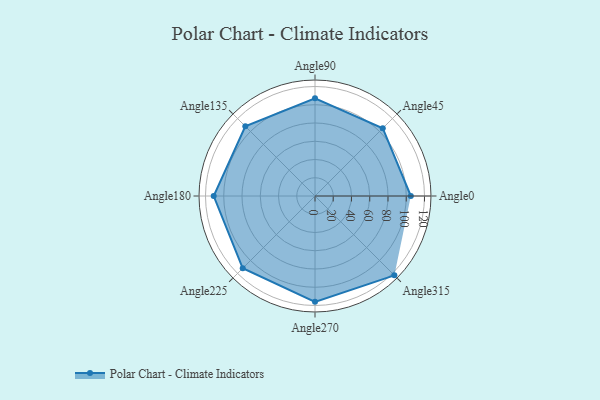
{"axis": {"x": "Angle", "y": "Radius"}, "legend": [""], "data": [{"x": "Angle0", "y": 105.0, "type": ""}, {"x": "Angle45", "y": 105.0, "type": ""}, {"x": "Angle90", "y": 107.0, "type": ""}, {"x": "Angle135", "y": 108.0, "type": ""}, {"x": "Angle180", "y": 111.0, "type": ""}, {"x": "Angle225", "y": 112.0, "type": ""}, {"x": "Angle270", "y": 116.0, "type": ""}, {"x": "Angle315", "y": 123.0, "type": ""}]}